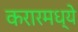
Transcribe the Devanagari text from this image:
करारमध्ये